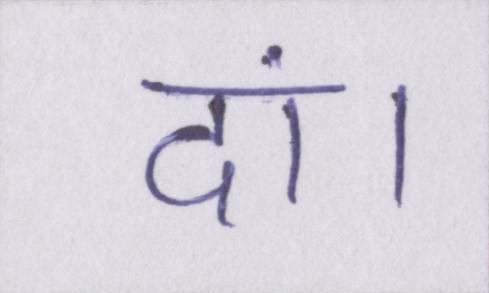
दां।